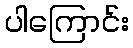
ပါကြောင်း